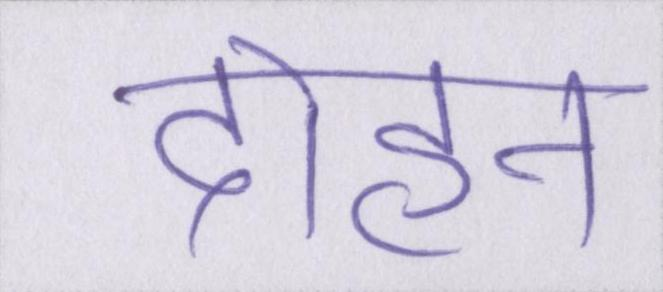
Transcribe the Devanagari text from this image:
दोहन